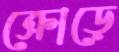
ক্রোড়ে